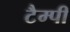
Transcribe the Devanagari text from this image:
टैम्पी